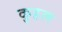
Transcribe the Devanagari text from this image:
कुहल